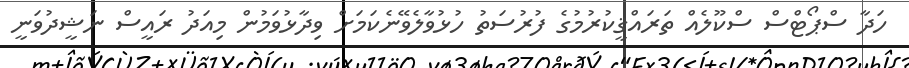
ހަދާ ސްޕޯޓްސް ސްކޫލެއް ތަރައްޤީކުރުމުގެ ފުރުސަތު ހުޅުވާލެވޭނެކަމަށް ވިދާޅުވަމުން މިއަދު ރައީސް ނަޝީދުވަނީ